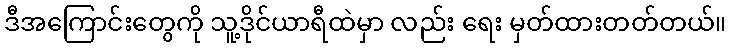
ဒီအကြောင်းတွေကို သူ့ဒိုင်ယာရီထဲမှာ လည်း ရေး မှတ်ထားတတ်တယ်။